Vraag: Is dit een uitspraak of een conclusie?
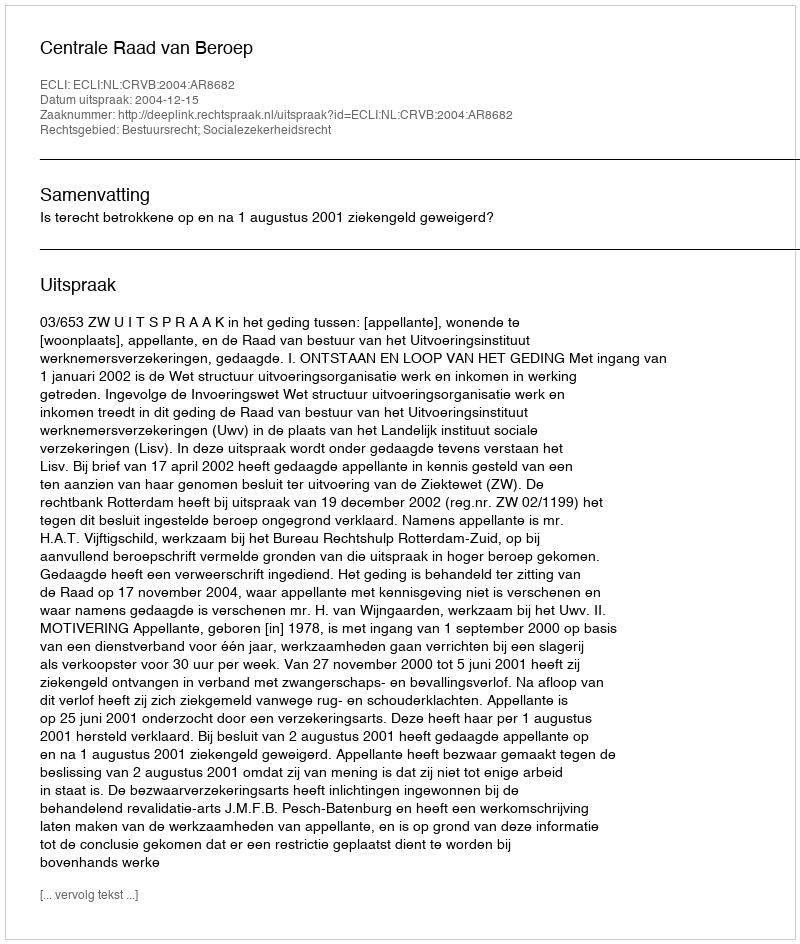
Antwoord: Uitspraak